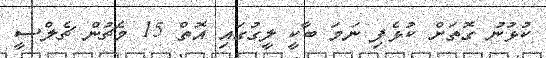
ކުޅުނު ގޮތަށް ކުޅެފި ނަމަ ބާކީ ލީގުގައި އޮތް 15 މެޗުން ޗެލްސީ